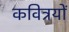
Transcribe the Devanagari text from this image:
कवित्रयों